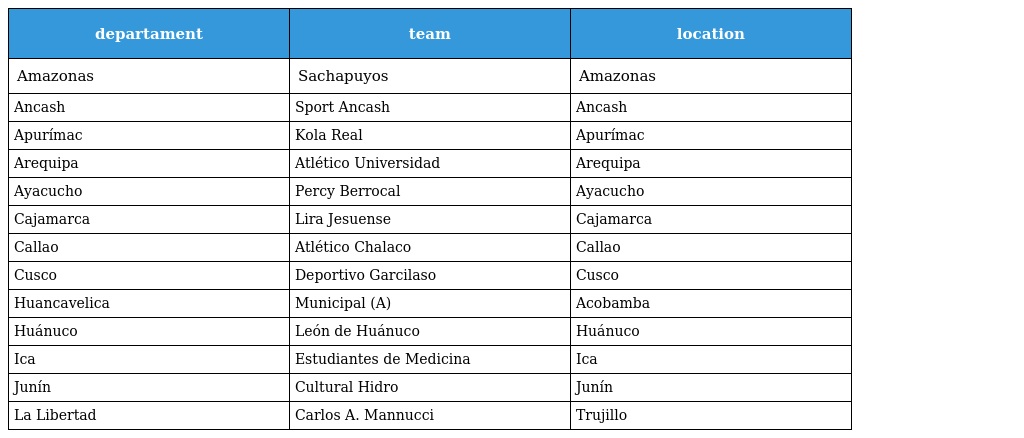
| departament | team | location |
 | --- | --- | --- |
 | Amazonas | Sachapuyos | Amazonas |
 | Ancash | Sport Ancash | Ancash |
 | Apurímac | Kola Real | Apurímac |
 | Arequipa | Atlético Universidad | Arequipa |
 | Ayacucho | Percy Berrocal | Ayacucho |
 | Cajamarca | Lira Jesuense | Cajamarca |
 | Callao | Atlético Chalaco | Callao |
 | Cusco | Deportivo Garcilaso | Cusco |
 | Huancavelica | Municipal (A) | Acobamba |
 | Huánuco | León de Huánuco | Huánuco |
 | Ica | Estudiantes de Medicina | Ica |
 | Junín | Cultural Hidro | Junín |
 | La Libertad | Carlos A. Mannucci | Trujillo |